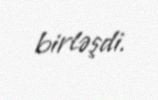
birləşdi.